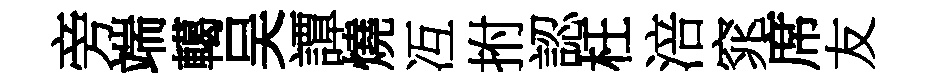
旁端轕吴譚燒冱拊認枉涪窕席友